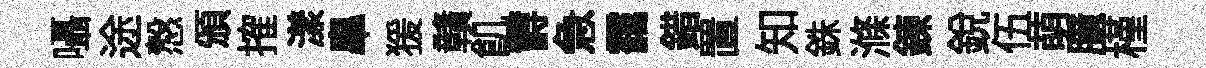
囁途慤頒搉漾臯猨贛飢欝急靄錯置知銖滌錬銳伍萌臆槿